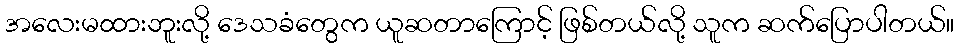
အလေးမထားဘူးလို့ ဒေသခံတွေက ယူဆတာကြောင့် ဖြစ်တယ်လို့ သူက ဆက်ပြောပါတယ်။